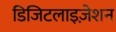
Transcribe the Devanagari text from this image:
डिजिटलाइज़ेशन